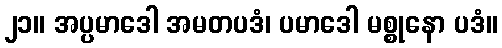
၂၁။ အပ္ပမာဒေါ အမတပဒံ၊ ပမာဒေါ မစ္စုနော ပဒံ။